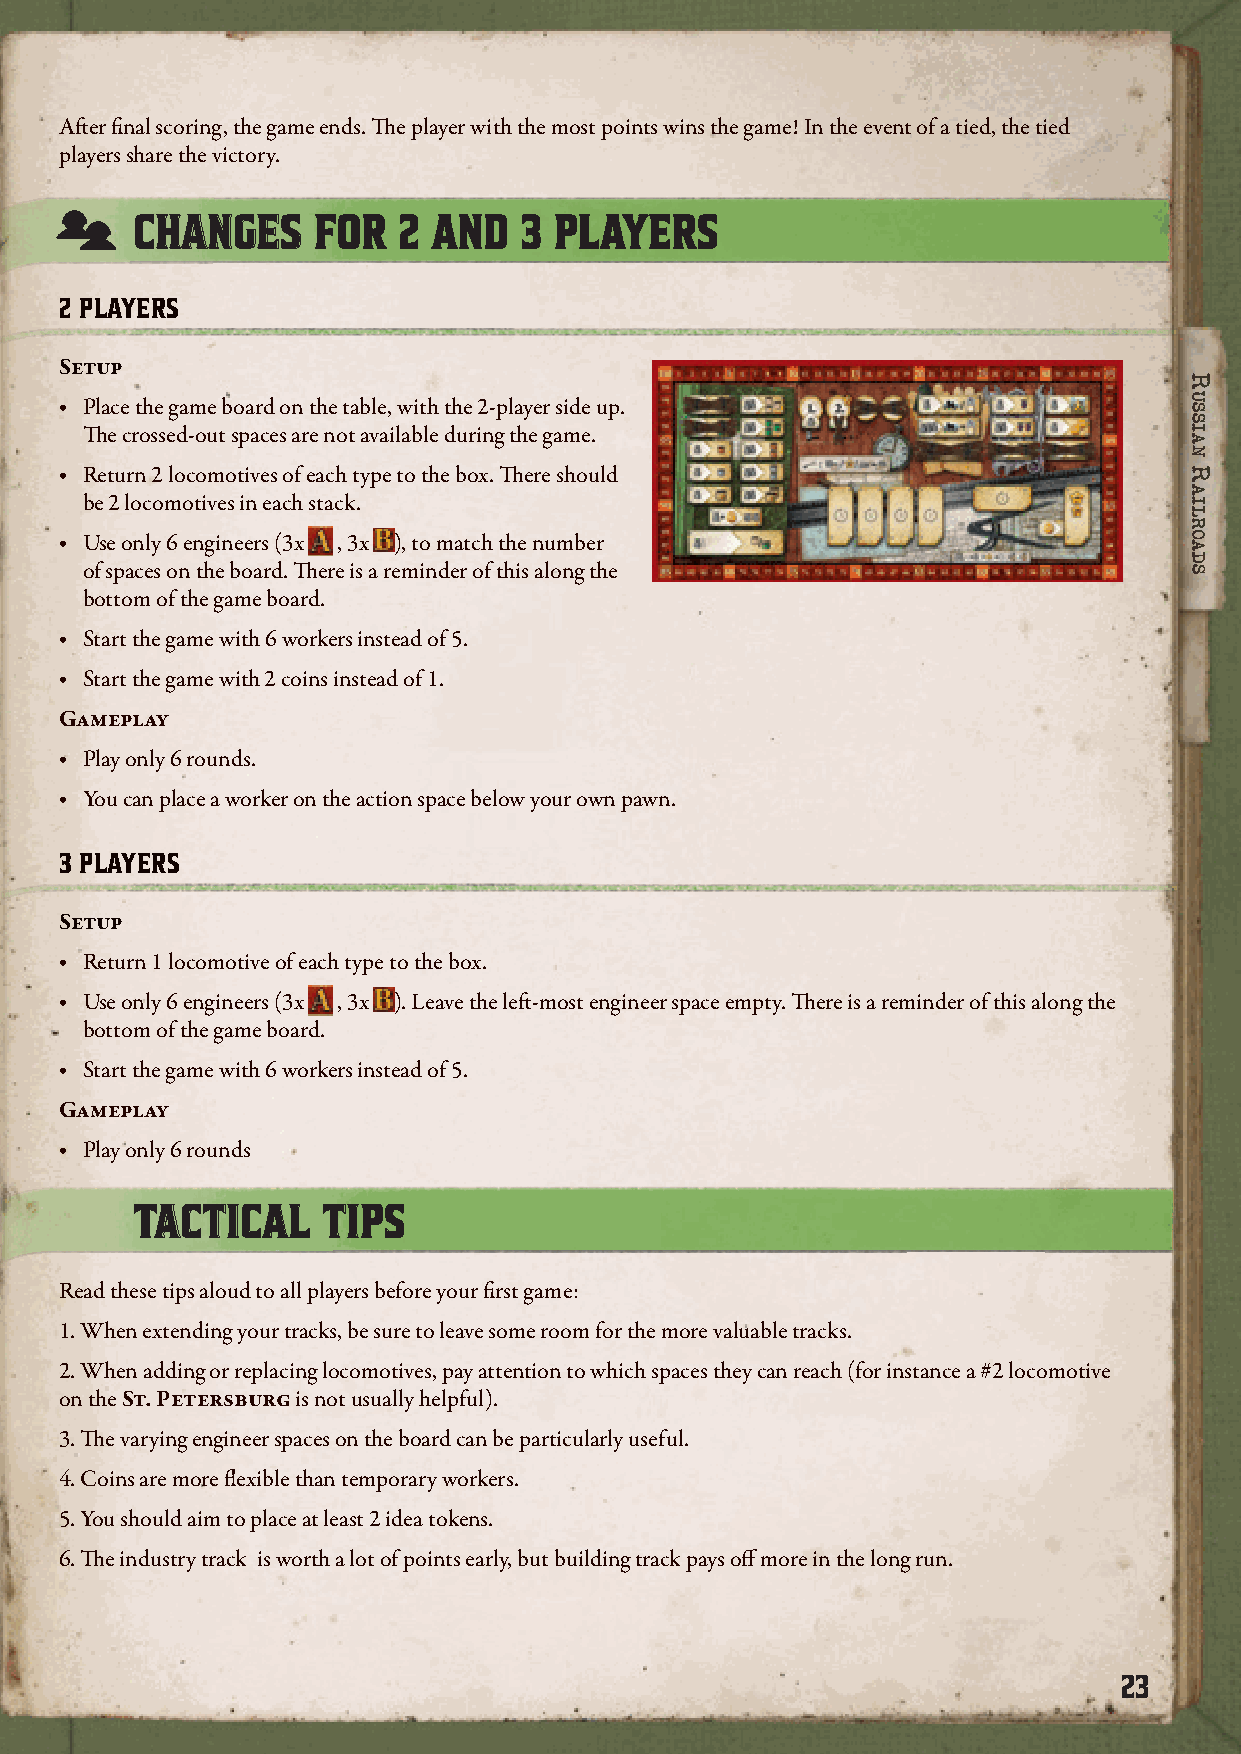
After final scoring, the game ends. The player with the most points wins the game! In the event of a tied, the tied
 players share the victory.
 CCHHAANNGGEESS FFOORR 22 AANNDD 33 PPLLAAYYEERRSS
 2 PLAYERS
 Setup
 ‧ Place the game board on the table, with the 2-player side up.
 The crossed-out spaces are not available during the game.
 ‧ Return 2 locomotives of each type to the box. There should
 be 2 locomotives in each stack.
 ‧ Use only 6 engineers (3x , 3x ), to match the number
 of spaces on the board. There is a reminder of this along the
 bottom of the game board.
 ‧ Start the game with 6 workers instead of 5.
 ‧ Start the game with 2 coins instead of 1.
 Gameplay
 ‧ Play only 6 rounds.
 ‧ You can place a worker on the action space below your own pawn.
 3 PLAYERS
 Setup
 ‧ Return 1 locomotive of each type to the box.
 ‧ Use only 6 engineers (3x , 3x ). Leave the left-most engineer space empty. There is a reminder of this along the
 bottom of the game board.
 ‧ Start the game with 6 workers instead of 5.
 Gameplay
 ‧ Play only 6 rounds
 TTAACCTTIICCAALL TTIIPPSS
 Read these tips aloud to all players before your first game:
 1. When extending your tracks, be sure to leave some room for the more valuable tracks.
 2. When adding or replacing locomotives, pay attention to which spaces they can reach (for instance a #2 locomotive
 on the St. Petersburg is not usually helpful).
 3. The varying engineer spaces on the board can be particularly useful.
 4. Coins are more flexible than temporary workers.
 5. You should aim to place at least 2 idea tokens.
 6. The industry track is worth a lot of points early, but building track pays off more in the long run.
 23
 RRuussssiiaann
 RRaaiillRRooaaddss